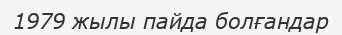
1979 жылы пайда болғандар